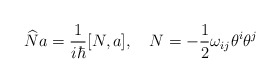
\begin{align*}\widehat{N}a=\frac 1{i\hbar }[N,a],\quad N=-\frac 12\omega _{ij}\theta^i\theta ^j\end{align*}